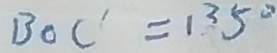
B O C ^ { \prime } = 1 3 5 ^ { \circ }